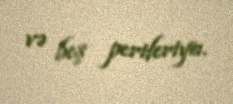
və beş periferiya.